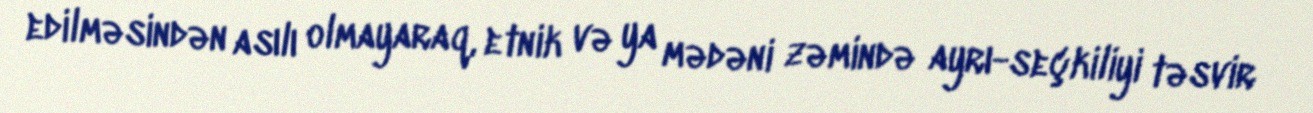
edilməsindən asılı olmayaraq, etnik və ya mədəni zəmində ayrı-seçkiliyi təsvir